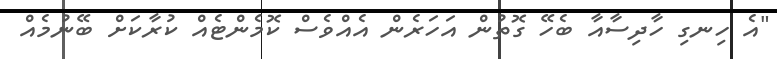
"އެ ހިނގި ހާދިސާއާ ބެހޭ ގޮތުން އަހަރެން އެއްވެސް ކޮމެންޓެއް ކުރާކަށް ބޭނުމެއް